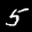
Label: 5